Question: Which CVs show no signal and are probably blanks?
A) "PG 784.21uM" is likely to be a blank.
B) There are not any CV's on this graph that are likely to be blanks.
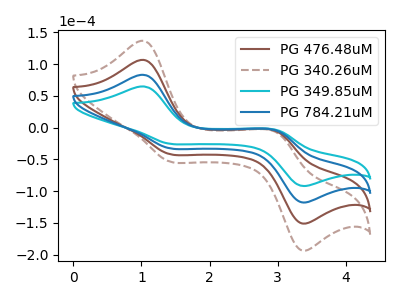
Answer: <think>The brown curve "PG 476.48uM" has anodic peaks at (1.05V, 166.55uA) (3.00V, -9.55uA) and cathodic peaks at (1.40V, -64.35uA) (3.35V, -233.90uA). The brown dashed curve "PG 340.26uM" has anodic peaks at (1.05V, 249.80uA) (3.00V, -14.35uA) and cathodic peaks at (1.40V, -96.50uA) (3.35V, -350.90uA). The cyan curve "PG 349.85uM" has anodic peaks at (1.05V, 64.95uA) (3.00V, -3.75uA) and cathodic peaks at (1.40V, -25.10uA) (3.35V, -91.20uA). The blue curve "PG 784.21uM" has anodic peaks at (1.05V, 83.25uA) (3.00V, -4.80uA) and cathodic peaks at (1.40V, -32.15uA) (3.35V, -116.95uA).</think>
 <answer>B) There are not any CV's on this graph that are likely to be blanks.</answer>
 <eval>B</eval>